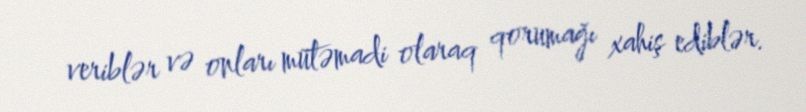
veriblər və onları mütəmadi olaraq qorumağı xahiş ediblər.